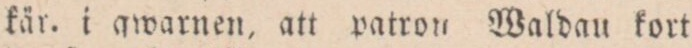
kär. i qwarnen, att patron Waldan kort